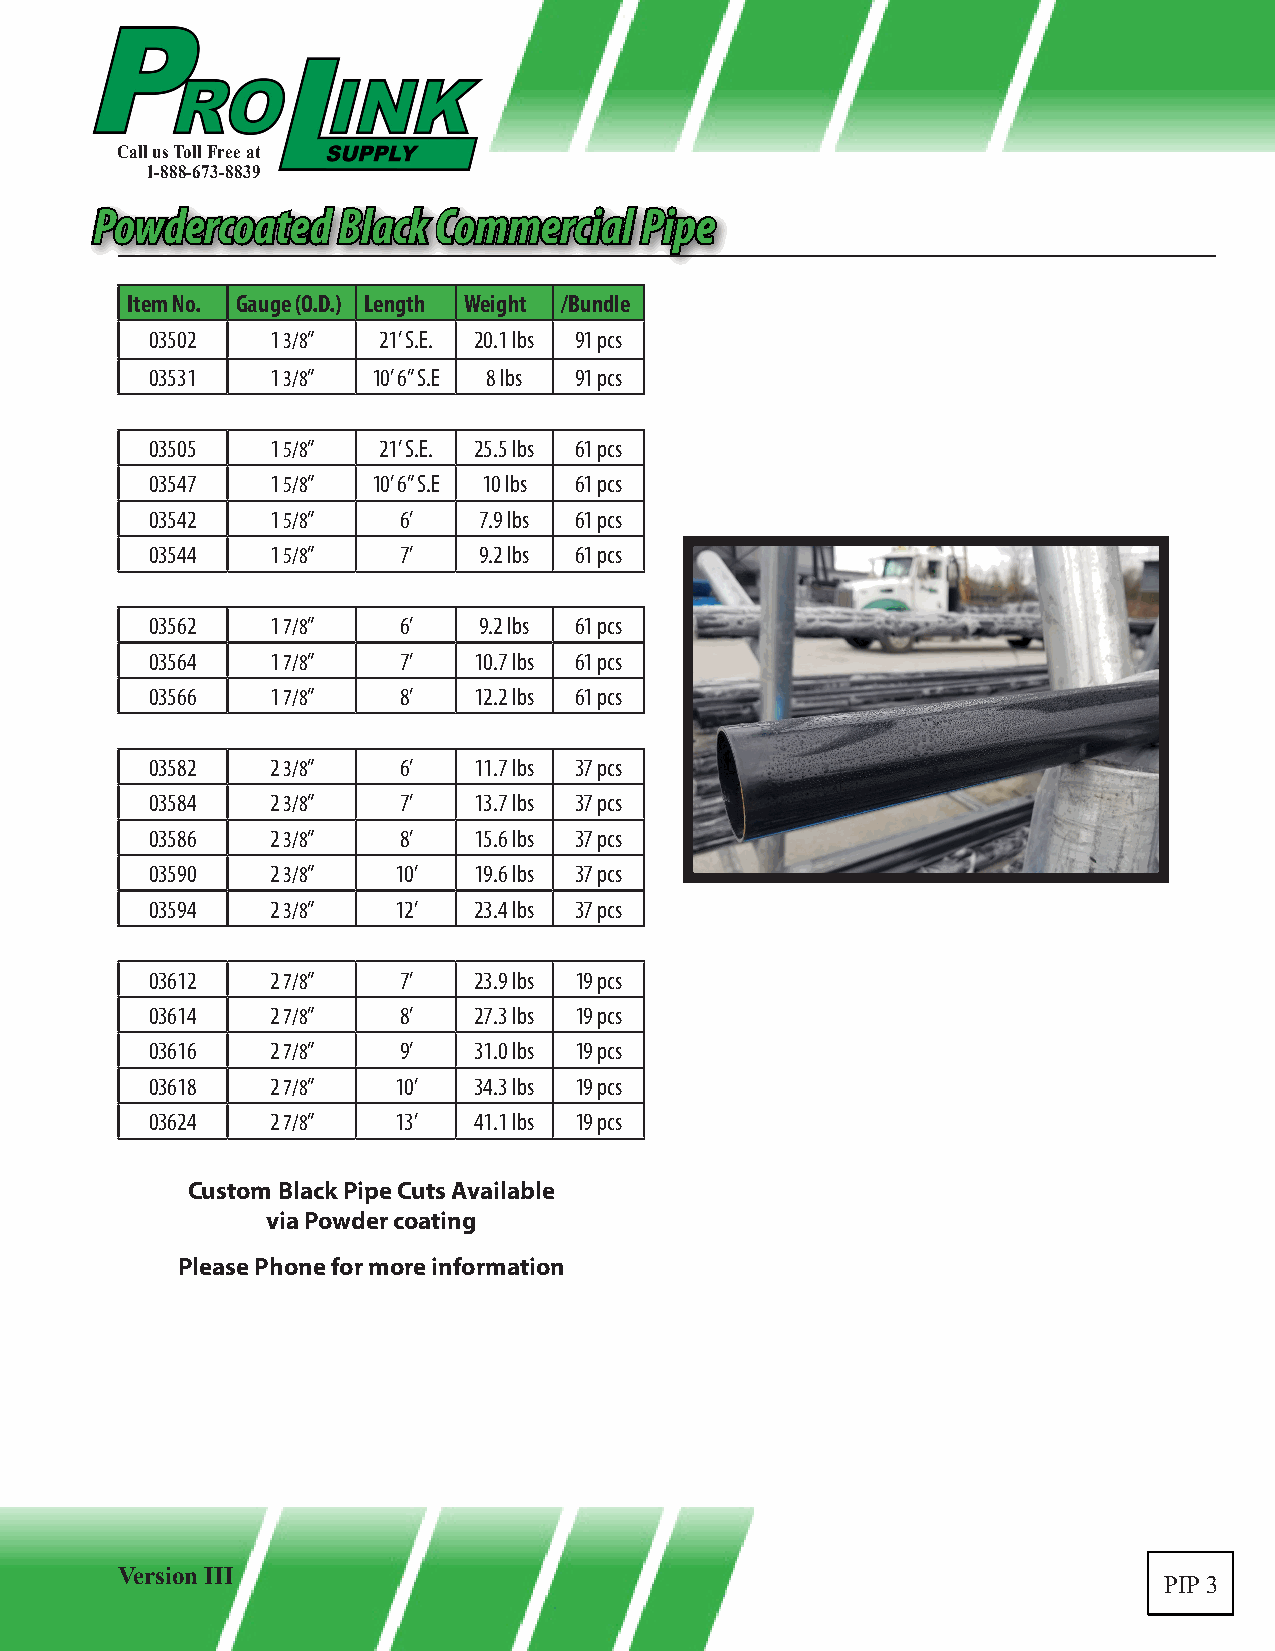
Call us Toll Free at
 1-888-673-8839
 PPoowwddeerrccooaatteedd BBllaacckk CCoommmmeerrcciiaall PPiippee
 Item No. Gauge (O.D.) Length Weight /Bundle
 03502   1 3/8” 21’ S.E. 20.1 lbs 91 pcs
 03531   1 3/8” 10’ 6” S.E 8 lbs 91 pcs
 03505   1 5/8” 21’ S.E. 25.5 lbs 61 pcs
 03547   1 5/8” 10’ 6” S.E 10 lbs 61 pcs
 03542   1 5/8”  6’    7.9 lbs 61 pcs
 03544   1 5/8”  7’    9.2 lbs 61 pcs
 03562   1 7/8”  6’    9.2 lbs 61 pcs
 03564   1 7/8”  7’   10.7 lbs 61 pcs
 03566   1 7/8”  8’   12.2 lbs 61 pcs
 03582   2 3/8”  6’   11.7 lbs 37 pcs
 03584   2 3/8”  7’   13.7 lbs 37 pcs
 03586   2 3/8”  8’   15.6 lbs 37 pcs
 03590   2 3/8”  10’  19.6 lbs 37 pcs
 03594   2 3/8”  12’  23.4 lbs 37 pcs
 03612   2 7/8”  7’   23.9 lbs 19 pcs
 03614   2 7/8”  8’   27.3 lbs 19 pcs
 03616   2 7/8”  9’   31.0 lbs 19 pcs
 03618   2 7/8”  10’  34.3 lbs 19 pcs
 03624   2 7/8”  13’  41.1 lbs 19 pcs
 Custom Black Pipe Cuts Available
 via Powder coating
 Please Phone for more information
 Version III
 PIP 3